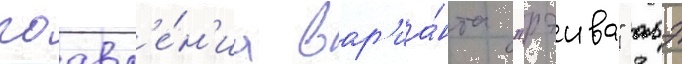
поавл'е́н'иа вар'иа́нта "рэива" абэ